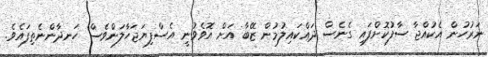
ނަރުހުން އެކުއްޖާ ސާފުކޮށްފައި ގެނެސް ދައްކައިލުމުން ޒޭބާ އަށް އޮވެވުނީ އެސްފިޔަޖަހާލަންވެސް ހަނދާންނެތިފައެވެ.